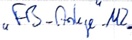
Text: "FB_Anlage".M2